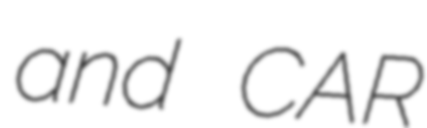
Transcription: and CAR